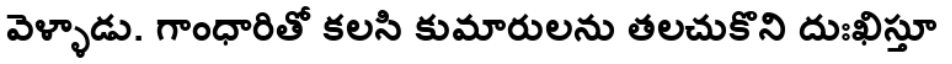
వెళ్ళాడు. గాంధారితో కలసి కుమారులను తలచుకొని దుఃఖిస్తూ